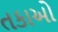
તકાઓ